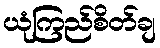
ယုံကြည်စိတ်ချ